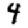
Digit: 4